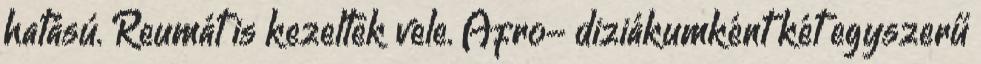
hatású. Reumát is kezeltek vele. Afro- diziákumként két egyszerű